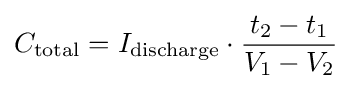
C_{\text{total}}=I_{\text{discharge}}\cdot {\frac {t_{2}-t_{1}}{V_{1}-V_{2}}}